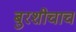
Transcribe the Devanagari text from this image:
बुरशीचाच